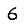
Digit: 6